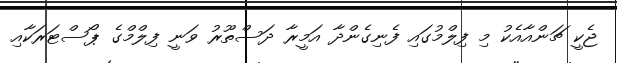
ޖެކީ ޗަންއާއެކު މި ފިލްމުގައި ފެނިގެންދާ އަމީރާ ދަސްތޫރު ވަނީ ފިލްމްގެ ޕޯސްޓަރަކާއި